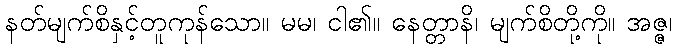
နတ်မျက်စိနှင့်တူကုန်သော။ မမ၊ ငါ၏။ နေတ္တာနိ၊ မျက်စိတို့ကို။ အဇ္ဇ၊